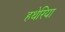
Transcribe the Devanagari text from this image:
हथेरिया